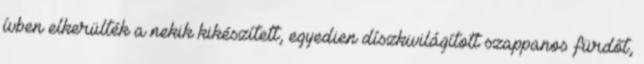
ívben elkerülték a nekik kikészített, egyedien díszkivilágított szappanos fürdőt,